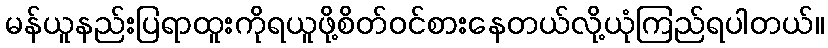
မန်ယူနည်းပြရာထူးကိုရယူဖို့စိတ်ဝင်စားနေတယ်လို့ယုံကြည်ရပါတယ်။